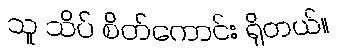
သူ သိပ် စိတ်ကောင်း ရှိတယ်။